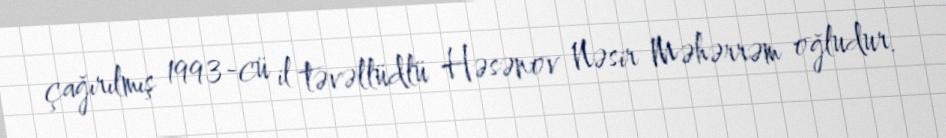
çağırılmış 1993-cü il təvəllüdlü Həsənov Nəsir Məhərrəm oğludur.